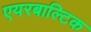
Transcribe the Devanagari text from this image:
एयरबाल्टिक